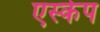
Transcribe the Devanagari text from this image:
एस्‍केप